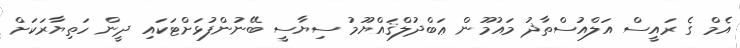
އެމް ގެ ރައީސް އަލްއުސްތާޛު މައުމޫން ޢަބްދުލްޤައްޔޫމު ސިޔާސީ ބޭނުންފުޅަށްޓަކައި ދީން ހަތިޔާރަކަށް